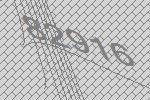
82916